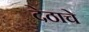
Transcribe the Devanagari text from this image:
देठाचे